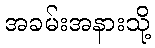
အခမ်းအနားသို့